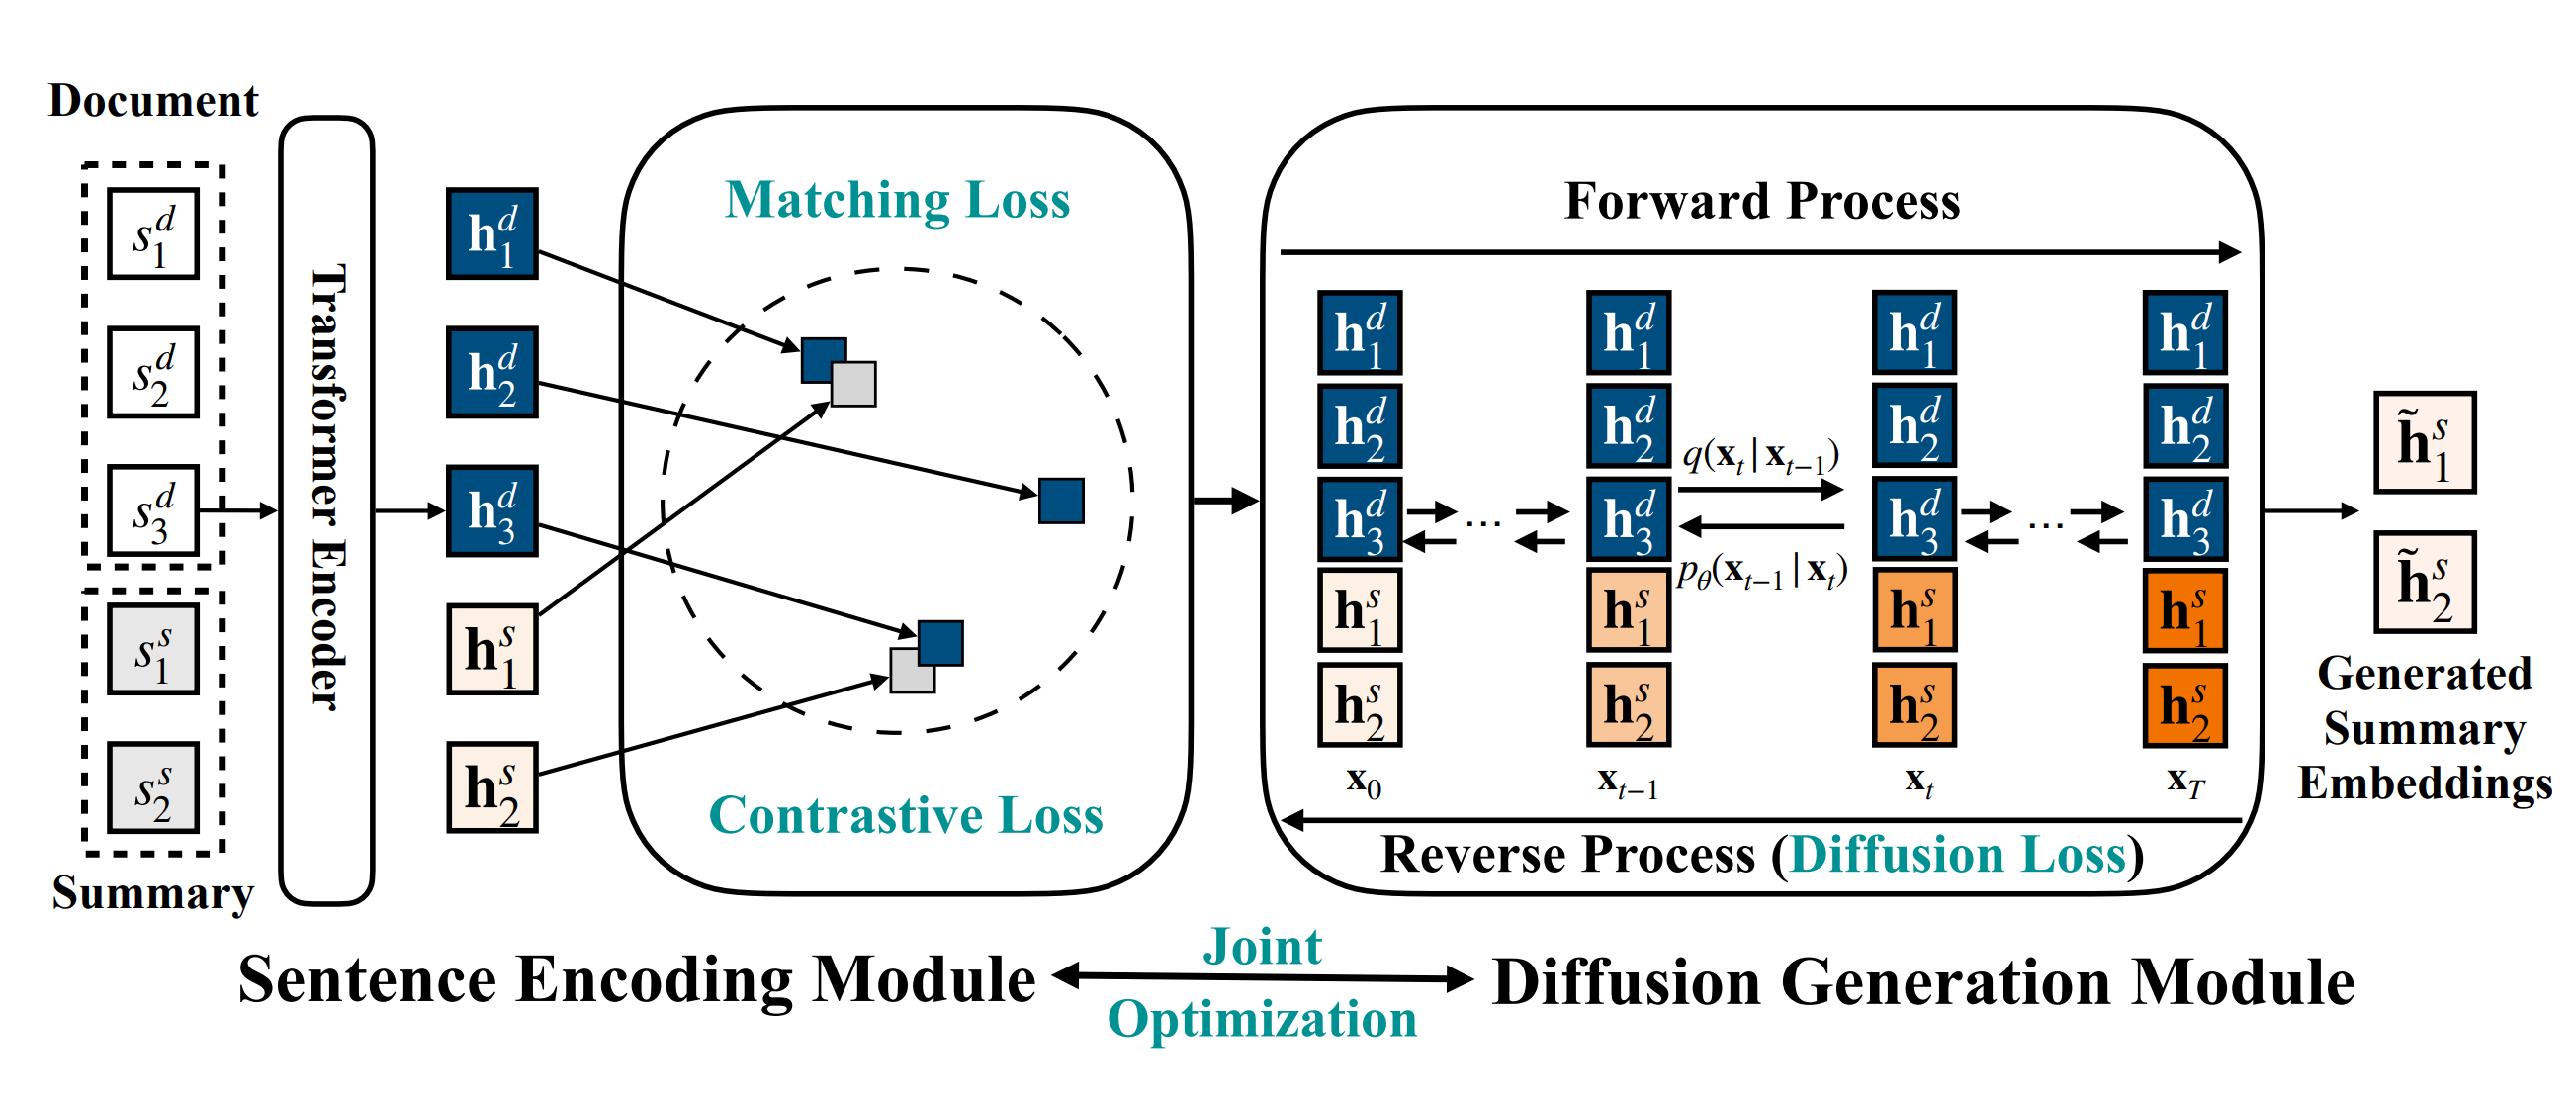
ppt